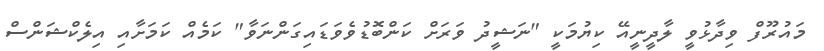
މައުރޫފް ވިދާޅުވީ ލާދީނީއޭ ކިޔުމަކީ "ނަޝީދު ވަރަށް ކަންބޮޑުވެވަޑައިގަންނަވާ" ކަމެއް ކަމަށާއި އިލެކްޝަންސް